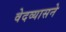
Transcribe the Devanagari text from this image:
वेदव्यासने